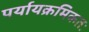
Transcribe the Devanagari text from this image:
पर्यायक्रमिकतः